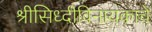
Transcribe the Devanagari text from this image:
श्रीसिध्दीविनायकाचे